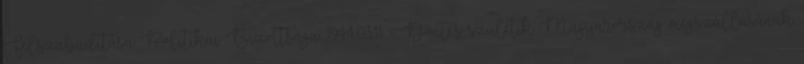
Felszabadítása Politikai Bizottsága. 1944.03.11. - Döntés születik Magyarország megszállásának